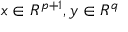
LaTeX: x \in R ^ { p + 1 } , y \in R ^ { q }